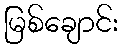
မြစ်ချောင်း